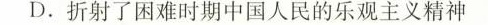
D.折射了困难时期中国人民的乐观主义精神